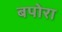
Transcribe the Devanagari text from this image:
बपोरा